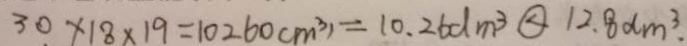
3 0 \times 1 8 \times 1 9 = 1 0 2 6 0 c m ^ { 3 } ) = 1 0 . 2 6 d m ^ { 3 } \textcircled { < } 1 2 . 8 d m ^ { 3 } .